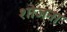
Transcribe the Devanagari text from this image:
शोजना